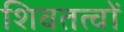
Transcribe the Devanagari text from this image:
शिवतत्वों